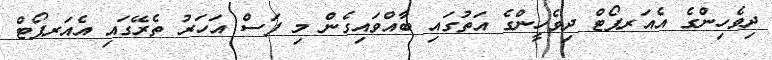
ދިވެހިންގެ އެއަރޕޯޓް ދިވެހީންގެ އަތުގައި ބާއްވައިގެން މި ފަސް އަހަރު ތެރޭގައި އެއަރޕޯޓް